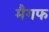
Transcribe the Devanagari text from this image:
मैगफ